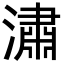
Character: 潚